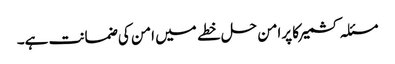
مسئلہ کشمیرکا پرامن حل خطے میں امن کی ضمانت ہے۔